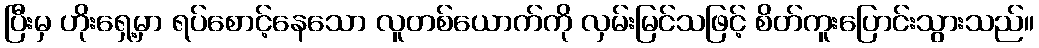
ပြီးမှ ဟိုးရှေ့မှာ ရပ်စောင့်နေသော လူတစ်ယောက်ကို လှမ်းမြင်သဖြင့် စိတ်ကူးပြောင်းသွားသည်။